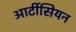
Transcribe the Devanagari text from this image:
आर्टीसियन